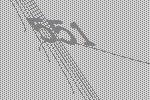
551